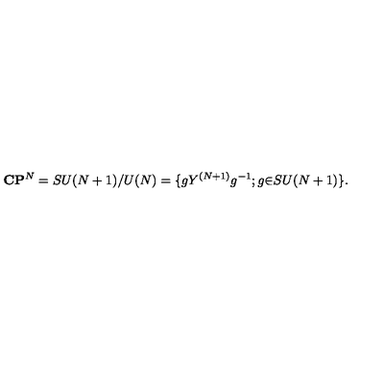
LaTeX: { \bf C } { \bf P } ^ { N } = S U ( N + 1 ) / { U ( N ) } = \{ g Y ^ { ( N + 1 ) } g ^ { - 1 } ; g { \in } S U ( N + 1 ) \} .